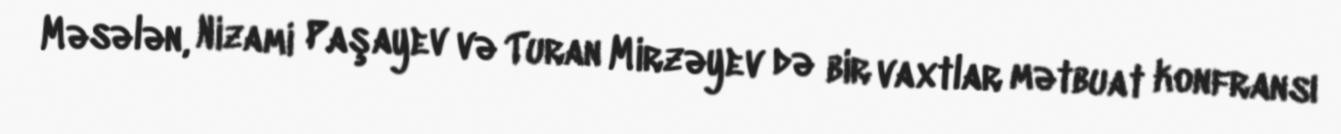
Məsələn, Nizami Paşayev və Turan Mirzəyev də bir vaxtlar mətbuat konfransı